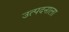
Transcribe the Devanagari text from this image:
उत्पदनाला